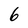
Character: 6